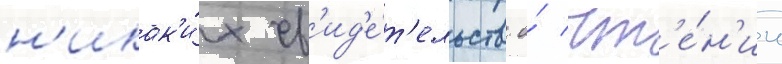
н'икак'и́х св'ид'е́т'ельств о́ чт'е́н'ии